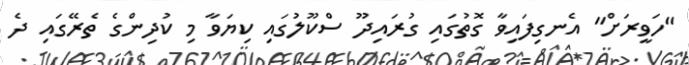
"ހަވީރަށް" އެނގިފައިވާ ގޮތުގައި ގުރައިދޫ ސްކޫލުގައި ކިޔަވާ މި ކުދިންގެ ތެރޭގައި ދެ